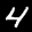
Label: 4